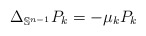
\begin{align*} \Delta_{\mathbb{S}^{n-1}}P_k=-\mu_kP_k\end{align*}